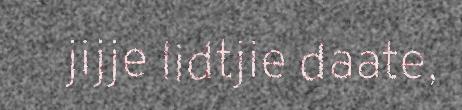
jijje lidtjie daate,